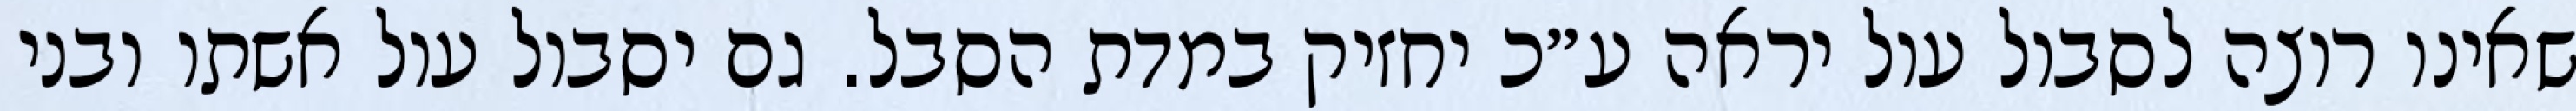
שאינו רוצה לסבול עול יראה ע״כ יחזיק במדת הסבל. גם יסבול עול אשתו ובני